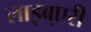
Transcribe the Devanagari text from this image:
लाइब्एरी